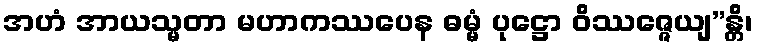
အဟံ အာယသ္မတာ မဟာကဿပေန ဓမ္မံ ပုဋ္ဌော ဝိဿဇ္ဇေယျ”န္တိ၊